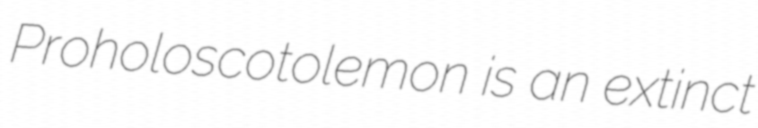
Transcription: Proholoscotolemon is an extinct